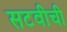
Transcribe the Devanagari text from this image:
सटवीची